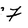
Character: F